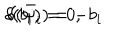
LaTeX: \delta ( b _ { i } ) = 0 , \hspace { 1 c m } \delta ( \bar { \psi } _ { i } ) = - b _ { i }